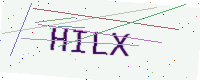
Text: HILX